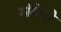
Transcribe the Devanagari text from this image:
संवेगो